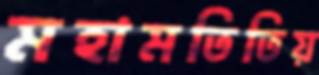
মহামতিতিয়